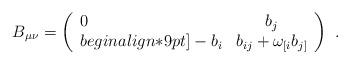
LaTeX: \begin{align*}B_{\mu\nu}=\left (\begin{array}{lc} 0 & b_j \\begin{align*}9pt] -b_i &b_{ij}+\omega_{[i}b_{j]} \end{array} \right) \ .\end{align*}